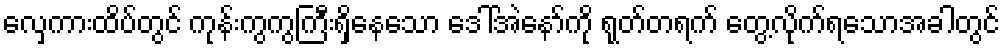
လှေကားထိပ်တွင် ကုန်းကွကွကြီးရှိနေသော ဒေါ်အဲနော်ကို ရုတ်တရက် တွေ့လိုက်ရသောအခါတွင်